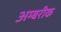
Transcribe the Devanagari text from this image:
अम्बरीक